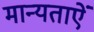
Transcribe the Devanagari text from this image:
मान्यताऐं